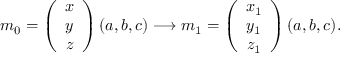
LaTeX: m _ { 0 } = \left( \begin{array} { c } { { x } } \\ { { y } } \\ { { z } } \end{array} \right) ( a , b , c ) \longrightarrow m _ { 1 } = \left( \begin{array} { c } { { x _ { 1 } } } \\ { { y _ { 1 } } } \\ { { z _ { 1 } } } \end{array} \right) ( a , b , c ) .